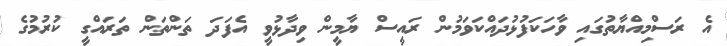
އެ ރަސްމިއްޔާތުގައި ވާހަކަފުޅުދައްކަވަމުން ރައީސް ޔާމީން ވިދާޅުވީ އެފަދަ ތަންތަން ތަރައްގީ ކުރުމުގެ